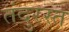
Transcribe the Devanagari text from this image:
तंदुरस्त